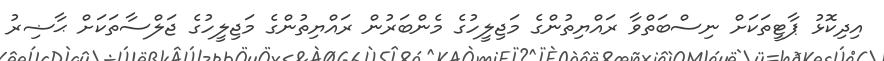
އިދިކޮޅު ޕާޓީތަކަށް ނިސްބަތްވާ ރައްޔިތުންގެ މަޖިލީހުގެ މެންބަރުން ރައްޔިތުންގެ މަޖިލީހުގެ ޖަލްސާތަކަށް ޙާޟިރު